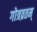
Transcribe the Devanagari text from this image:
गोत्रव्रतम्